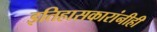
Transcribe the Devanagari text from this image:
इतिहासकारांनीही